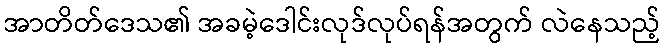
အာတိတ်ဒေသ၏ အခမဲ့ဒေါင်းလုဒ်လုပ်ရန်အတွက် လဲနေသည့်